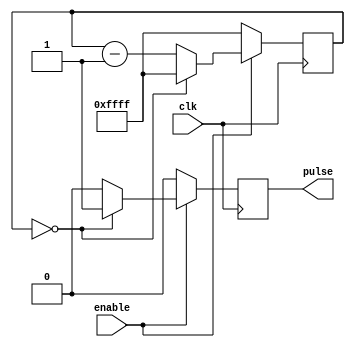
module variable_frequency_pulse_generator (
    input wire clk, // system clock
    input wire enable, // enable signal for pulse generation
    output reg pulse // output pulse signal
);

parameter INITIAL_COUNTER_VALUE = 16'hFFFF; // initial counter value
reg [15:0] counter; // programmable counter

always @(posedge clk) begin
    if (enable) begin
        if (counter == 0) begin
            pulse <= 1'b1;
            counter <= INITIAL_COUNTER_VALUE;
        end else begin
            pulse <= 1'b0;
            counter <= counter - 1;
        end
    end else begin
        pulse <= 1'b0;
        counter <= INITIAL_COUNTER_VALUE;
    end
end

endmodule